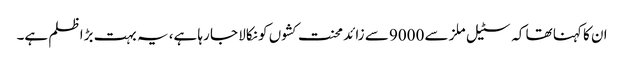
ان کا کہنا تھا کہ سٹیل ملز سے 9000 سے زائد محنت کشوں کو نکالا جا رہا ہے، یہ بہت بڑا ظلم ہے۔